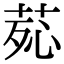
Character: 𦰸